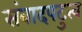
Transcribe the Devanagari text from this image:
संवादपटुत्व